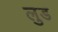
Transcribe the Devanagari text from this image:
लुड